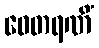
ဝေတရဏိံ